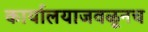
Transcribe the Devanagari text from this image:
कार्यालयाजवळूनच